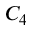
C _ { 4 }